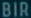
BIR